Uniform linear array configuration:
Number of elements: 32
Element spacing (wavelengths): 0.25
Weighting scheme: hamming
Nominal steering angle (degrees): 60
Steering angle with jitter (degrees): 58.583
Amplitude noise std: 0.05
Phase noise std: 0.05

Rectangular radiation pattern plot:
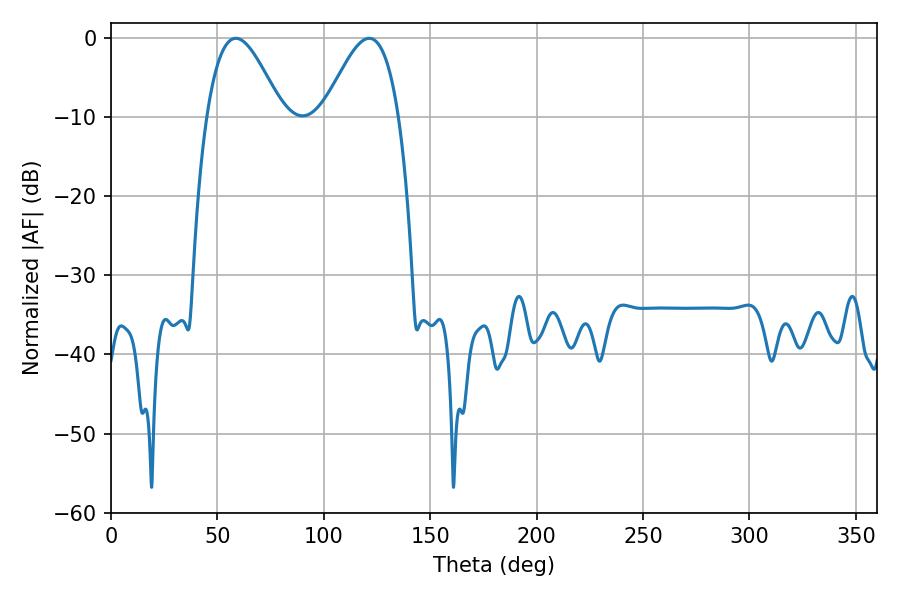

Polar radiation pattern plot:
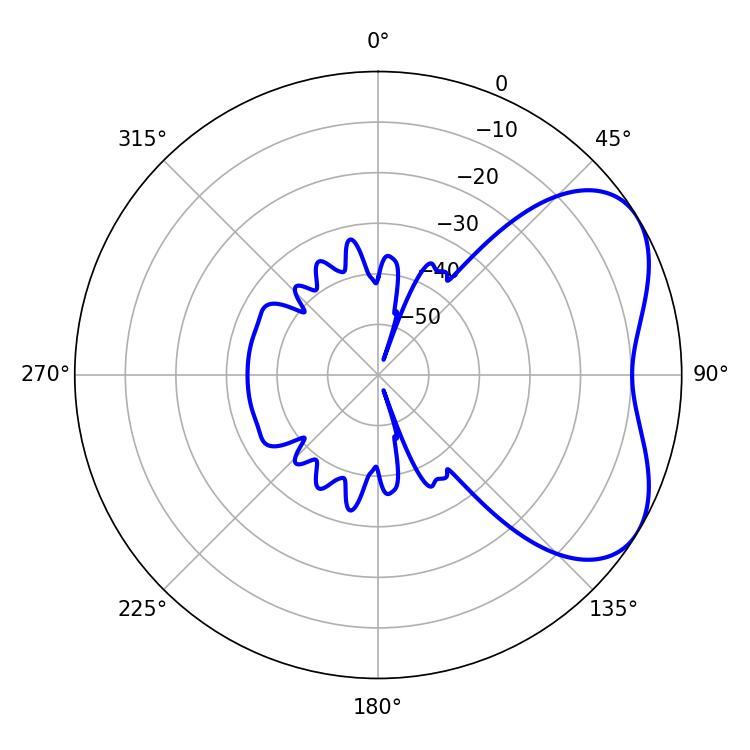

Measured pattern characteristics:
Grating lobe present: FALSE
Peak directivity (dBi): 4.844
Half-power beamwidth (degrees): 18.9
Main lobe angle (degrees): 58.68